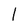
Character: l